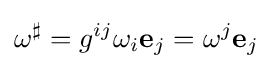
\omega ^{\sharp }=g^{ij}\omega _{i}\mathbf {e} _{j}=\omega ^{j}\mathbf {e} _{j}